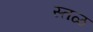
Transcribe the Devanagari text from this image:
स्तळ